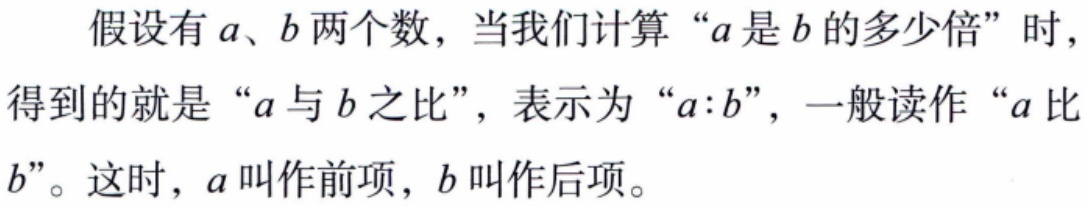
假设有\(a、b\)两个数，当我们计算“\(a\)是\(b\)的多少倍”时，得到的就是“\(a\)与\(b\)之比”，表示为“\(a:b\)”，一般读作“\(a\)比\(b\)”。这时，\(a\)叫作前项，\(b\)叫作后项。